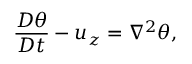
\frac { D \theta } { D t } - u _ { z } = \nabla ^ { 2 } \theta ,